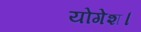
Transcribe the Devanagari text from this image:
योगेश।